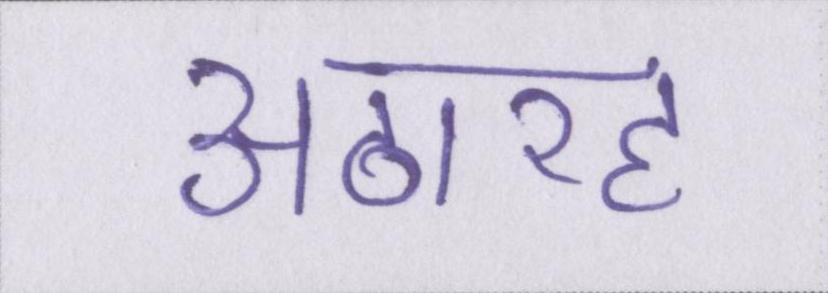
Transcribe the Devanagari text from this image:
अठारह